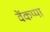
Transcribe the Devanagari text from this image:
वेंकप्पा